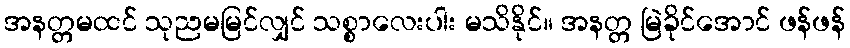
အနတ္တမထင် သုညမမြင်လျှင် သစ္စာလေးပါး မသိနိုင်။ အနတ္တ မြဲခိုင်အောင် ဖန်ဖန်